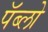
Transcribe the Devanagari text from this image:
पॅब्लो